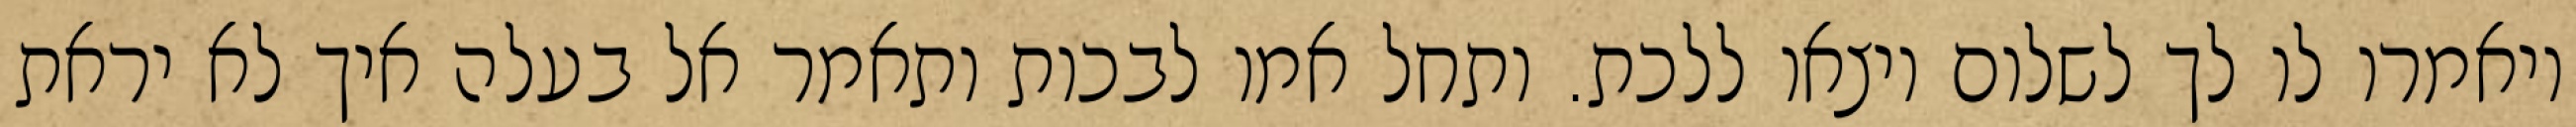
ויאמרו לו לך לשלום ויצאו ללכת. ותחל אמו לבכות ותאמר אל בעלה איך לא יראת